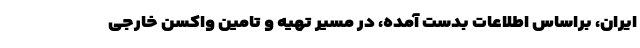
ایران، براساس اطلاعات بدست آمده، در مسیر تهیه و تامین واکسن خارجی